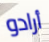
أرادو